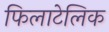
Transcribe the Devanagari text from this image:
फिलाटेलिक